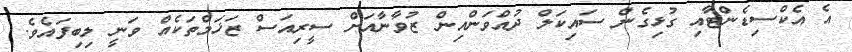
އެ އެކްސިޑެންޓާއި ގުޅިގެން ސައިކަލް ދުއްވަންއިން ޒުވާނާއަށް ސީރިއަސް ޒަޚަމްތަކެއް ވަނީ ލިބިފައެވެ.